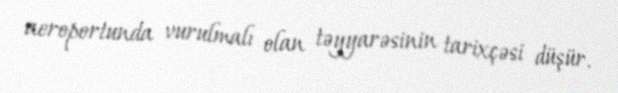
aeroportunda vurulmalı olan təyyarəsinin tarixçəsi düşür.